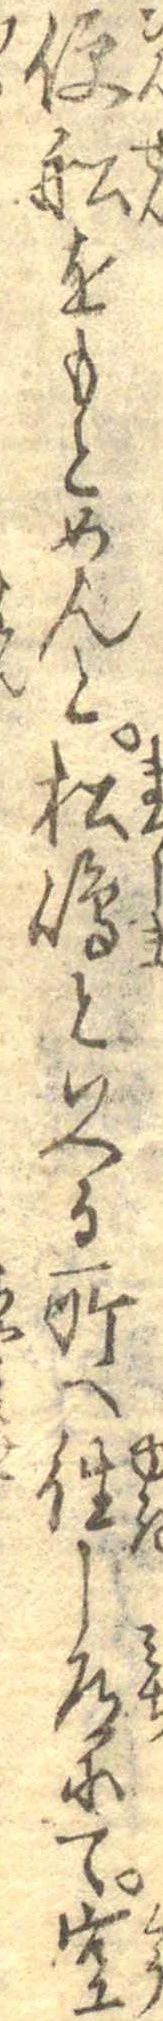
便船をもとめんと松島といへる所へ往し道にて空